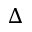
\Delta